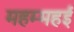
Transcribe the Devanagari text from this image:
महम्महई